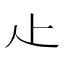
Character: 龰